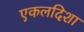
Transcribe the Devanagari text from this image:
एकलदिशा